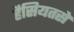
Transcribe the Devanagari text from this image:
हैसियतसे